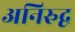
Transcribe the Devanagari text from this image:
अनिरुद्व